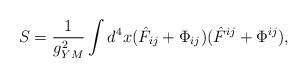
LaTeX: \begin{align*}S = \frac{1}{g_{YM}^2} \int d^4x (\hat{F}_{ij}+\Phi_{ij})(\hat{F}^{ij}+\Phi^{ij}),\end{align*}